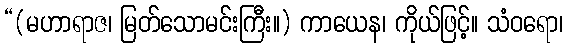
“(မဟာရာဇ၊ မြတ်သောမင်းကြီး။) ကာယေန၊ ကိုယ်ဖြင့်။ သံဝရော၊